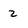
Character: 2